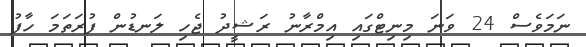
ނަމަވެސް 24 ވަނަ މިނިޓްގައި އިމްރާނު ރަޝީދު ޖެހި ލަނޑުން ފުރަތަމަ ހާފު